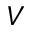
V